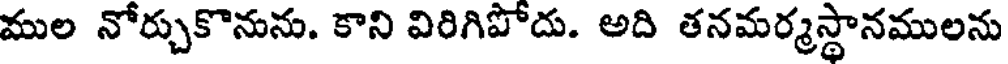
ముల నోర్చుకొనును. కాని విరిగిపోదు. అది తనమర్మస్థానములను